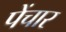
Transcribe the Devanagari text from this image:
पेंचार